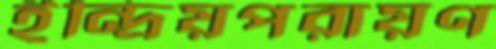
ইন্দ্রিয়পরায়ণ